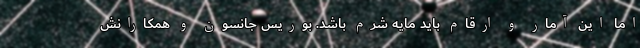
اما این آمار و ارقام باید مایه شرم باشد. بوریس جانسون و همکارانش